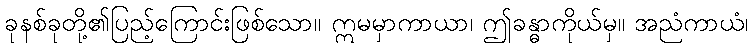
ခုနစ်ခုတို့၏ပြည့်ကြောင်းဖြစ်သော။ ဣမမှာကာယာ၊ ဤခန္ဓာကိုယ်မှ။ အညံကာယံ၊